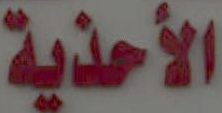
الأحذية